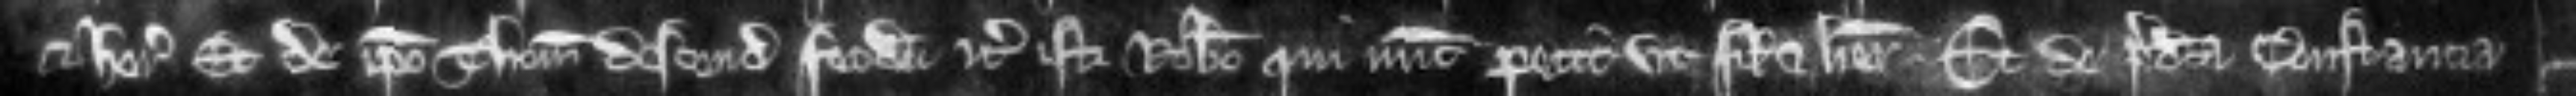
et heredi et de ipso Thoma descendit feodum etc. isti Roberto qui nunc petit ut filio et heredi. Et de predicta Constancia